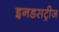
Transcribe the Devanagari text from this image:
इनडसट्रीज